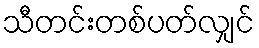
သီတင်းတစ်ပတ်လျှင်